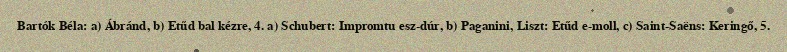
Bartók Béla: a) Ábránd, b) Etűd bal kézre, 4. a) Schubert: Impromtu esz-dúr, b) Paganini, Liszt: Etűd e-moll, c) Saint-Saëns: Keringő, 5.